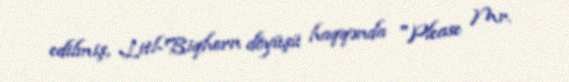
edilmiş, Litl-Biqhorn döyüşü haqqənda "Please Mr.